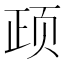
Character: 𲊺